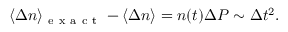
\langle \Delta n \rangle _ { \mathrm { ~ e ~ x ~ a ~ c ~ t ~ } } - \langle \Delta n \rangle = n ( t ) \Delta P \sim \Delta t ^ { 2 } .